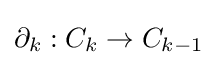
\partial _{k}:C_{k}\to C_{k-1}